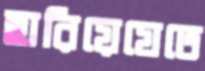
হারিয়েযেতে